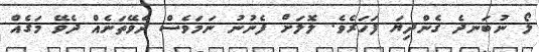
ލޯ ނުބަނދެ ގެންދިޔަ ފަހަރެވެ. ލޮލަށް ފެނުނު ނަމަވެސް ދެވޭތަނެއް ދެވޭ މަގެއް